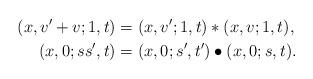
LaTeX: \begin{align*}(x,v'+v;1,t) &= (x,v';1,t) \ast (x,v;1,t), \cr(x,0; ss',t) &= (x,0;s',t') \bullet (x,0;s,t).\end{align*}